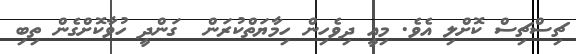
ޗިސްޗިސް ކޮށްލި އެވެ. މިއީ ދިވެހިން ހިމާޔަތްކުރަން  ގަންދީ ހުވާކޮށްގެން ތިބި